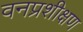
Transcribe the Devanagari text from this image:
वनप्रशीक्षण